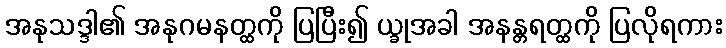
အနုသဒ္ဒါ၏ အနုဂမနတ္ထကို ပြပြီး၍ ယ္ခုအခါ အနန္တရတ္ထကို ပြလိုရကား